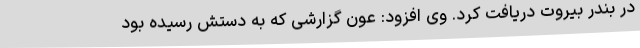
در بندر بیروت دریافت کرد. وی افزود: عون گزارشی که به دستش رسیده بود